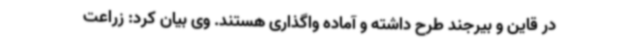
در قاین و بیرجند طرح داشته و آماده واگذاری هستند. وی بیان کرد: زراعت